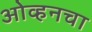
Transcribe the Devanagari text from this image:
ओव्हनचा